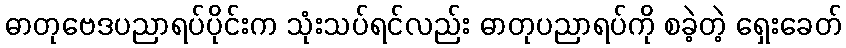
ဓာတုဗေဒပညာရပ်ပိုင်းက သုံးသပ်ရင်လည်း ဓာတုပညာရပ်ကို စခဲ့တဲ့ ရှေးခေတ်